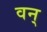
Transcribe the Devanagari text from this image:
वन्